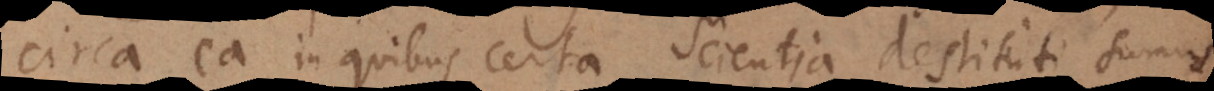
circa ea in quibus certa Scientia destituti sumus,